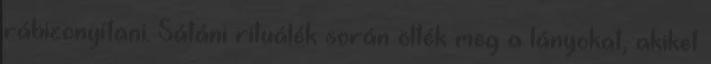
rábizonyítani. Sátáni rituálék során ölték meg a lányokat, akiket